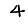
Digit: 4